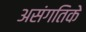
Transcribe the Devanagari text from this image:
असंगतिके